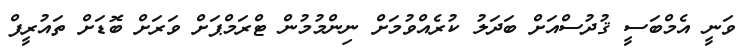
ވަނީ އެމްބަސީ ޤުދުސްއަށް ބަދަލު ކުރެއްވުމަށް ނިންމުމުން ޓްރަމްޕަށް ވަރަށް ބޮޑަށް ތައުރީފް